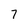
Character: 7